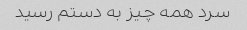
سرد همه چیز به دستم رسید